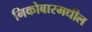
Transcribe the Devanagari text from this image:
निकोबारमधील